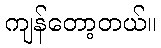
ကျန်တော့တယ်။